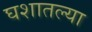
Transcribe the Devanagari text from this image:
घशातल्या